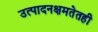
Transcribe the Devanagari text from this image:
उत्पादनक्षमतेतही